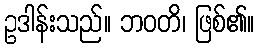
ဥဒါန်းသည်။ ဘဝတိ၊ ဖြစ်၏။